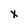
Character: x